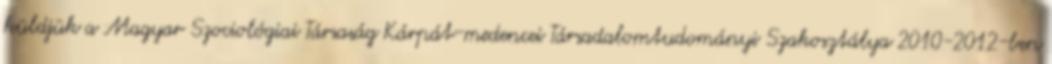
küldjük a Magyar Szociológiai Társaság Kárpát-medencei Társadalomtudományi Szakosztálya 2010-2012-ben